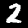
Label: 2